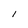
Character: l